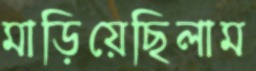
মাড়িয়েছিলাম